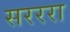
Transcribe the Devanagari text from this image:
सरररा